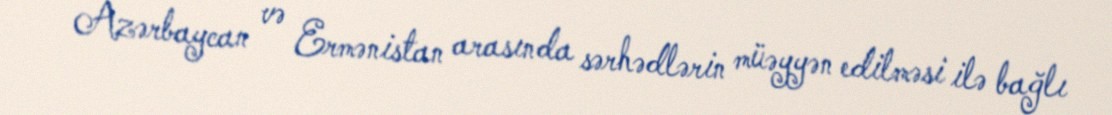
Azərbaycan və Ermənistan arasında sərhədlərin müəyyən edilməsi ilə bağlı